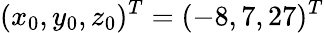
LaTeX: (x_{0},y_{0},z_{0})^{T}=(-8,7,27)^{T}